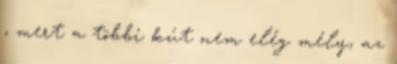
, mert a többi kút nem elég mély, az